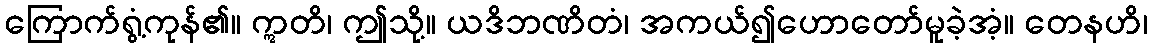
ကြောက်ရွံ့ကုန်၏။ ဣတိ၊ ဤသို့။ ယဒိဘဏိတံ၊ အကယ်၍ဟောတော်မူခဲ့အံ့။ တေနဟိ၊